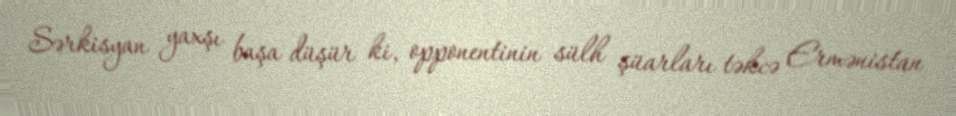
Sərkisyan yaxşı başa düşür ki, opponentinin sülh şüarları təkcə Ermənistan